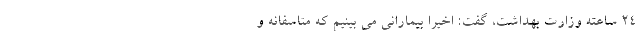
۲۴ ساعته وزارت بهداشت، گفت: اخیرا بیمارانی می بینیم که متاسفانه و